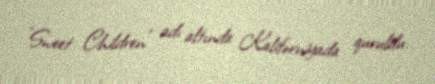
"Sweet Children" adı altında Kaliforniyada quruldu.